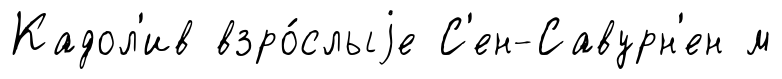
Кадол'ив взро́слыjе С'ен-Савурн'ен м